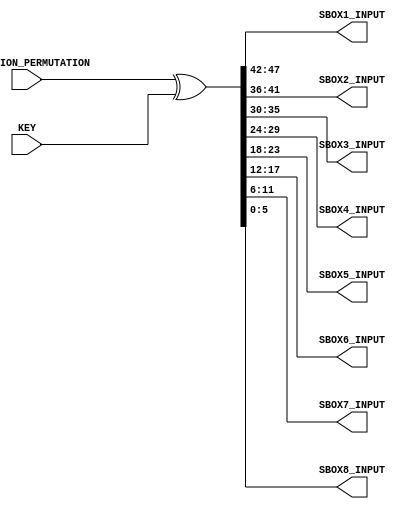
`timescale 1ns / 1ps
//////////////////////////////////////////////////////////////////////////////////
// Alveera Gill 
// Module:    Des_Top 
// Project:   Data Encryption Standard Implementation using Verilog
//////////////////////////////////////////////////////////////////////////////////
module Xor_Operation(EXPANSION_PERMUTATION, KEY, SBOX1_INPUT, SBOX2_INPUT, SBOX3_INPUT,SBOX4_INPUT, SBOX5_INPUT, SBOX6_INPUT, SBOX7_INPUT, SBOX8_INPUT);
input [48:1]EXPANSION_PERMUTATION;
input [48:1]KEY;
output [6:1]SBOX1_INPUT;
output [6:1]SBOX2_INPUT;
output [6:1]SBOX3_INPUT;
output [6:1]SBOX4_INPUT;
output [6:1]SBOX5_INPUT;
output [6:1]SBOX6_INPUT;
output [6:1]SBOX7_INPUT;
output [6:1]SBOX8_INPUT;
wire [48:1]EXPANSION_PERMUTATION;
wire [48:1]KEY;
wire [48:1]SBOX_INPUT;
assign SBOX_INPUT = EXPANSION_PERMUTATION^KEY;
assign SBOX1_INPUT = SBOX_INPUT[48:43];
assign SBOX2_INPUT = SBOX_INPUT[42:37];
assign SBOX3_INPUT = SBOX_INPUT[36:31];
assign SBOX4_INPUT = SBOX_INPUT[30:25];
assign SBOX5_INPUT = SBOX_INPUT[24:19];
assign SBOX6_INPUT = SBOX_INPUT[18:13];
assign SBOX7_INPUT = SBOX_INPUT[12:7];
assign SBOX8_INPUT = SBOX_INPUT[6:1];
endmodule